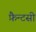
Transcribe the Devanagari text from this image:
फ़ैन्टसी